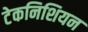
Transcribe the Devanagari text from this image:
टेकनिशियन